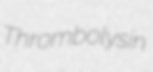
Thrombolysin